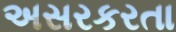
અસરકરતા